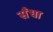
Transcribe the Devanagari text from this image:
सँधा